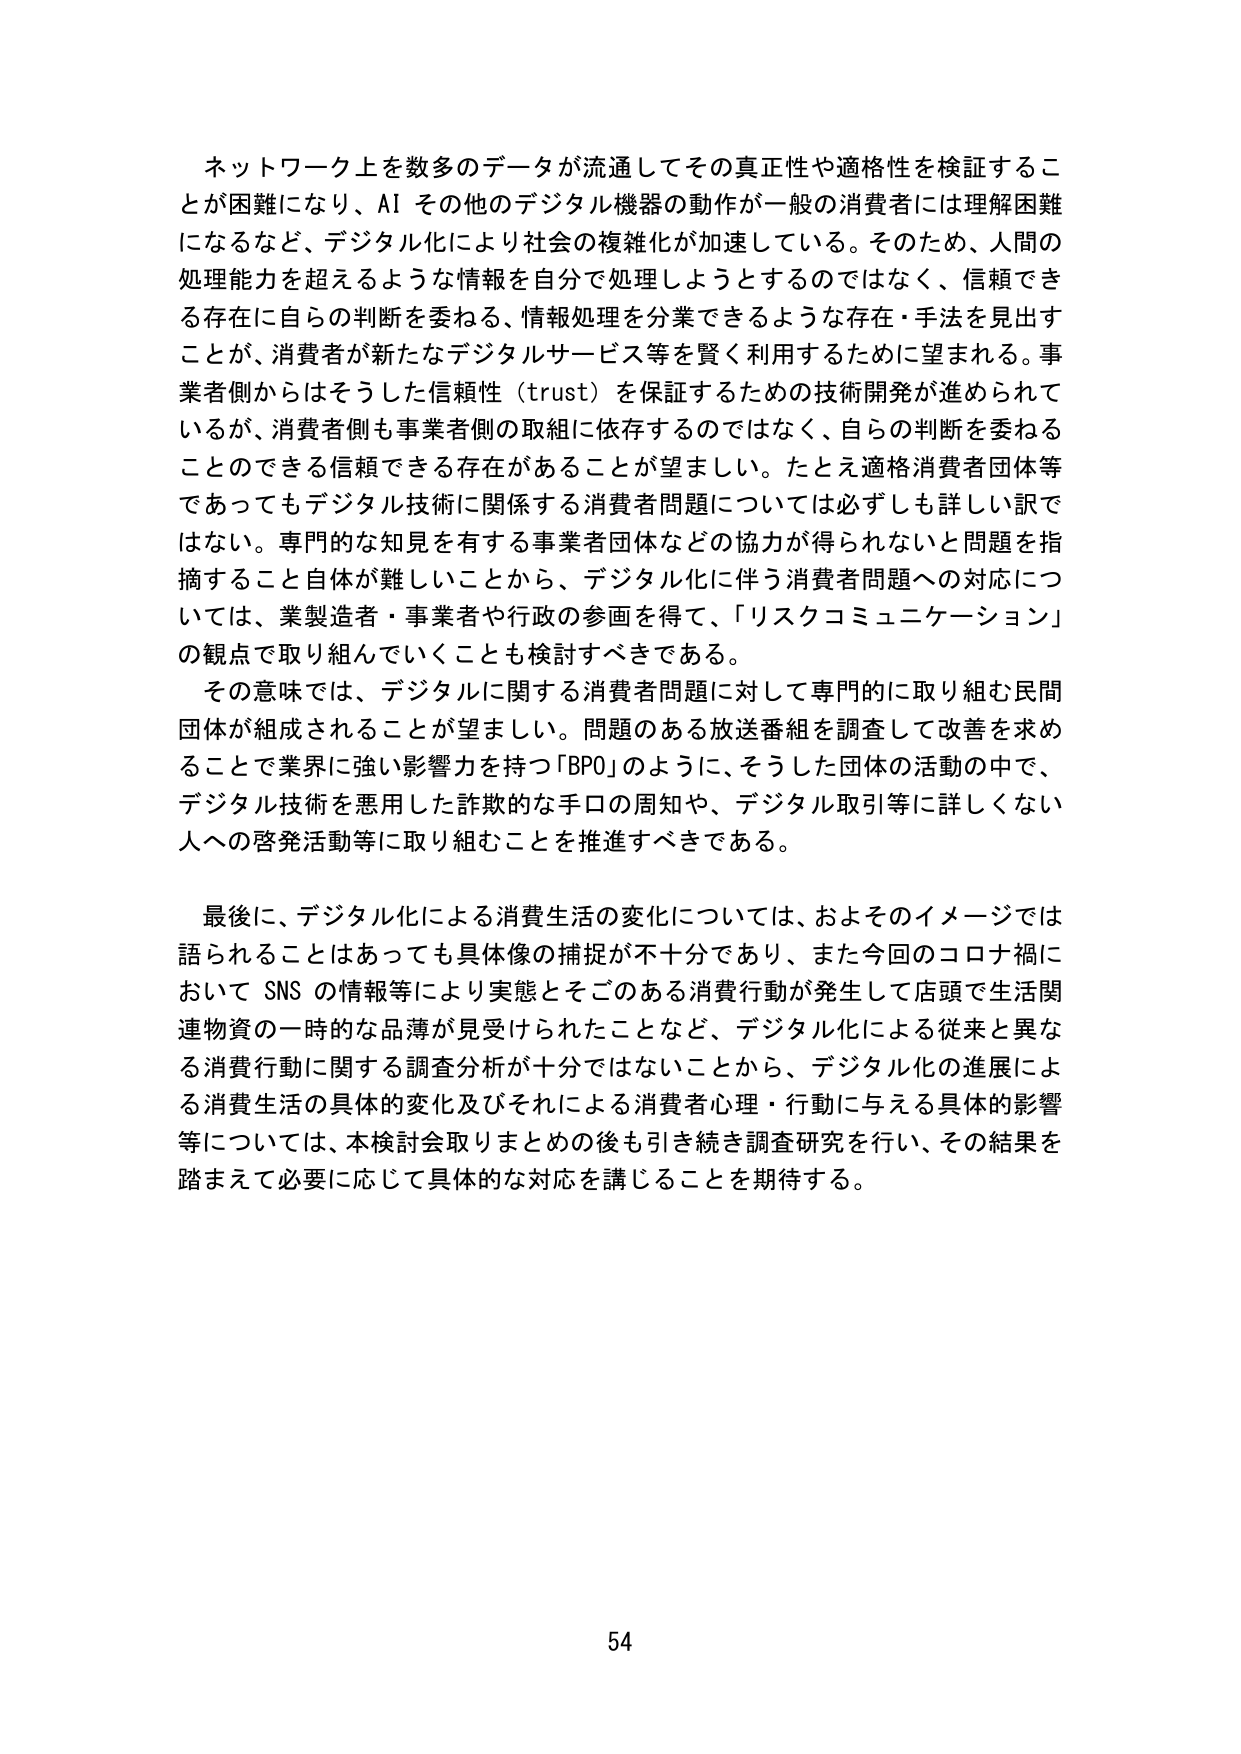
ネットワーク上を数多くのデータが流通してその真正性や適格性を検証することが困難になり、AI その他のデジタル機器の動作が一般の消費者には理解困難になるなど、デジタル化により社会の複雑化が加速している。そのため、人間の処理能力を超えるような情報を自分で処理しようとするのではなく、信頼できる存在に自らの判断を委ねる、情報処理を分業できるような存在・手法を見出すことが、消費者が新たなデジタルサービス等を賢く利用するために望まれる。事業者側からはそうした信頼性（trust）を保証するための技術開発が進められているが、消費者側も事業者側の取組に依存するのではなく、自らの判断を委ねることのできる信頼できる存在があることが望ましい。たとえ適格消費者団体等であってもデジタル技術に関係する消費者問題については必ずしも詳しい訳ではない。専門的な知見を有する事業者団体などの協力が得られないと問題を指摘すること自体が難しいことから、デジタル化に伴う消費者問題への対応については、業製造者・事業者や行政の参画を得て、「リスクコミュニケーション」の観点で取り組んでいくことも検討すべきである。

その意味では、デジタルに関する消費者問題に対して専門的に取り組む民間団体が組成されることが望ましい。問題のある放送番組を調査して改善を求めることで業界に強い影響力を持つ「BPO」のように、そうした団体の活動の中で、デジタル技術を悪用した詐欺的な手口の周知や、デジタル取引等に詳しくない人への啓発活動等に取り組むことを推進すべきである。

最後に、デジタル化による消費生活の変化については、およそのイメージでは語られることはあっても具体像の捕捉が不十分であり、また今回のコロナ禍において SNS の情報等により実態とそごのある消費行動が発生して店頭で生活関連物資の一時的な品薄が見受けられたことなど、デジタル化による従来と異なる消費行動に関する調査分析が十分ではないことから、デジタル化の進展による消費生活の具体的変化及びそれによる消費者心理・行動に与える具体的影響等については、本検討会取りまとめの後も引き続き調査研究を行い、その結果を踏まえて必要に応じて具体的な対応を講じることを期待する。

54